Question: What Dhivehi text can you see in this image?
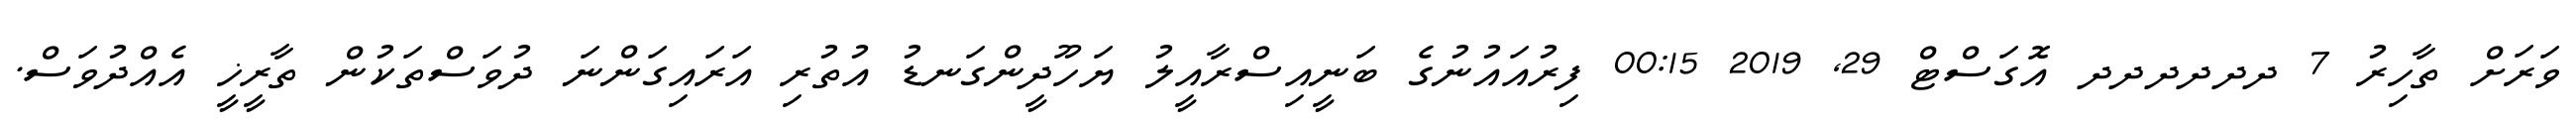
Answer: ވަރަށް ތާހިރު 7 ދދދދދދ އޮގަސްޓް 29, 2019 00:15 ފިރުއައުނުގެ ބަނީއިސްރާއީލު ޔަހޫދީންގަނޑު އުތުރި އަރައިގަންނަ ދުވަސްތަކުން ތާރީޚީ އެއްދުވަސް.